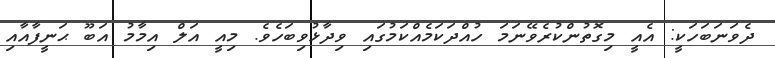
ދެވަނަބަހަކީ: އެއީ މިގޮތުންކުރެވޭނަމަ ހުއްދަކަމެއްކަމުގައި ވިދާޅުވިބަހެވެ. މިއީ އަލް އިމާމު އަބޫ ޙަނީފާއާއި